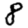
Digit: 8